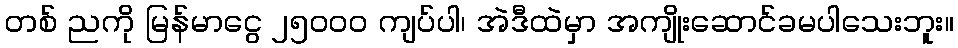
တစ် ညကို မြန်မာငွေ ၂၅၀၀၀ ကျပ်ပါ၊ အဲဒီထဲမှာ အကျိုးဆောင်ခမပါသေးဘူး။